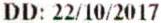
DD: 22/10/2017